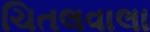
ચિતલવાલા